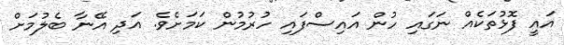
އައީ ފޮޅުތަކެއް ނަގައި ހުން އައިިސްފައި ހުރުމުން ކަމަށެވެ. އަދި އޭނާ ބެލުމަށް